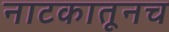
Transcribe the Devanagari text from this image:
नाटकातूनच